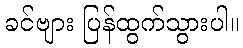
ခင်ဗျား ပြန်ထွက်သွားပါ။